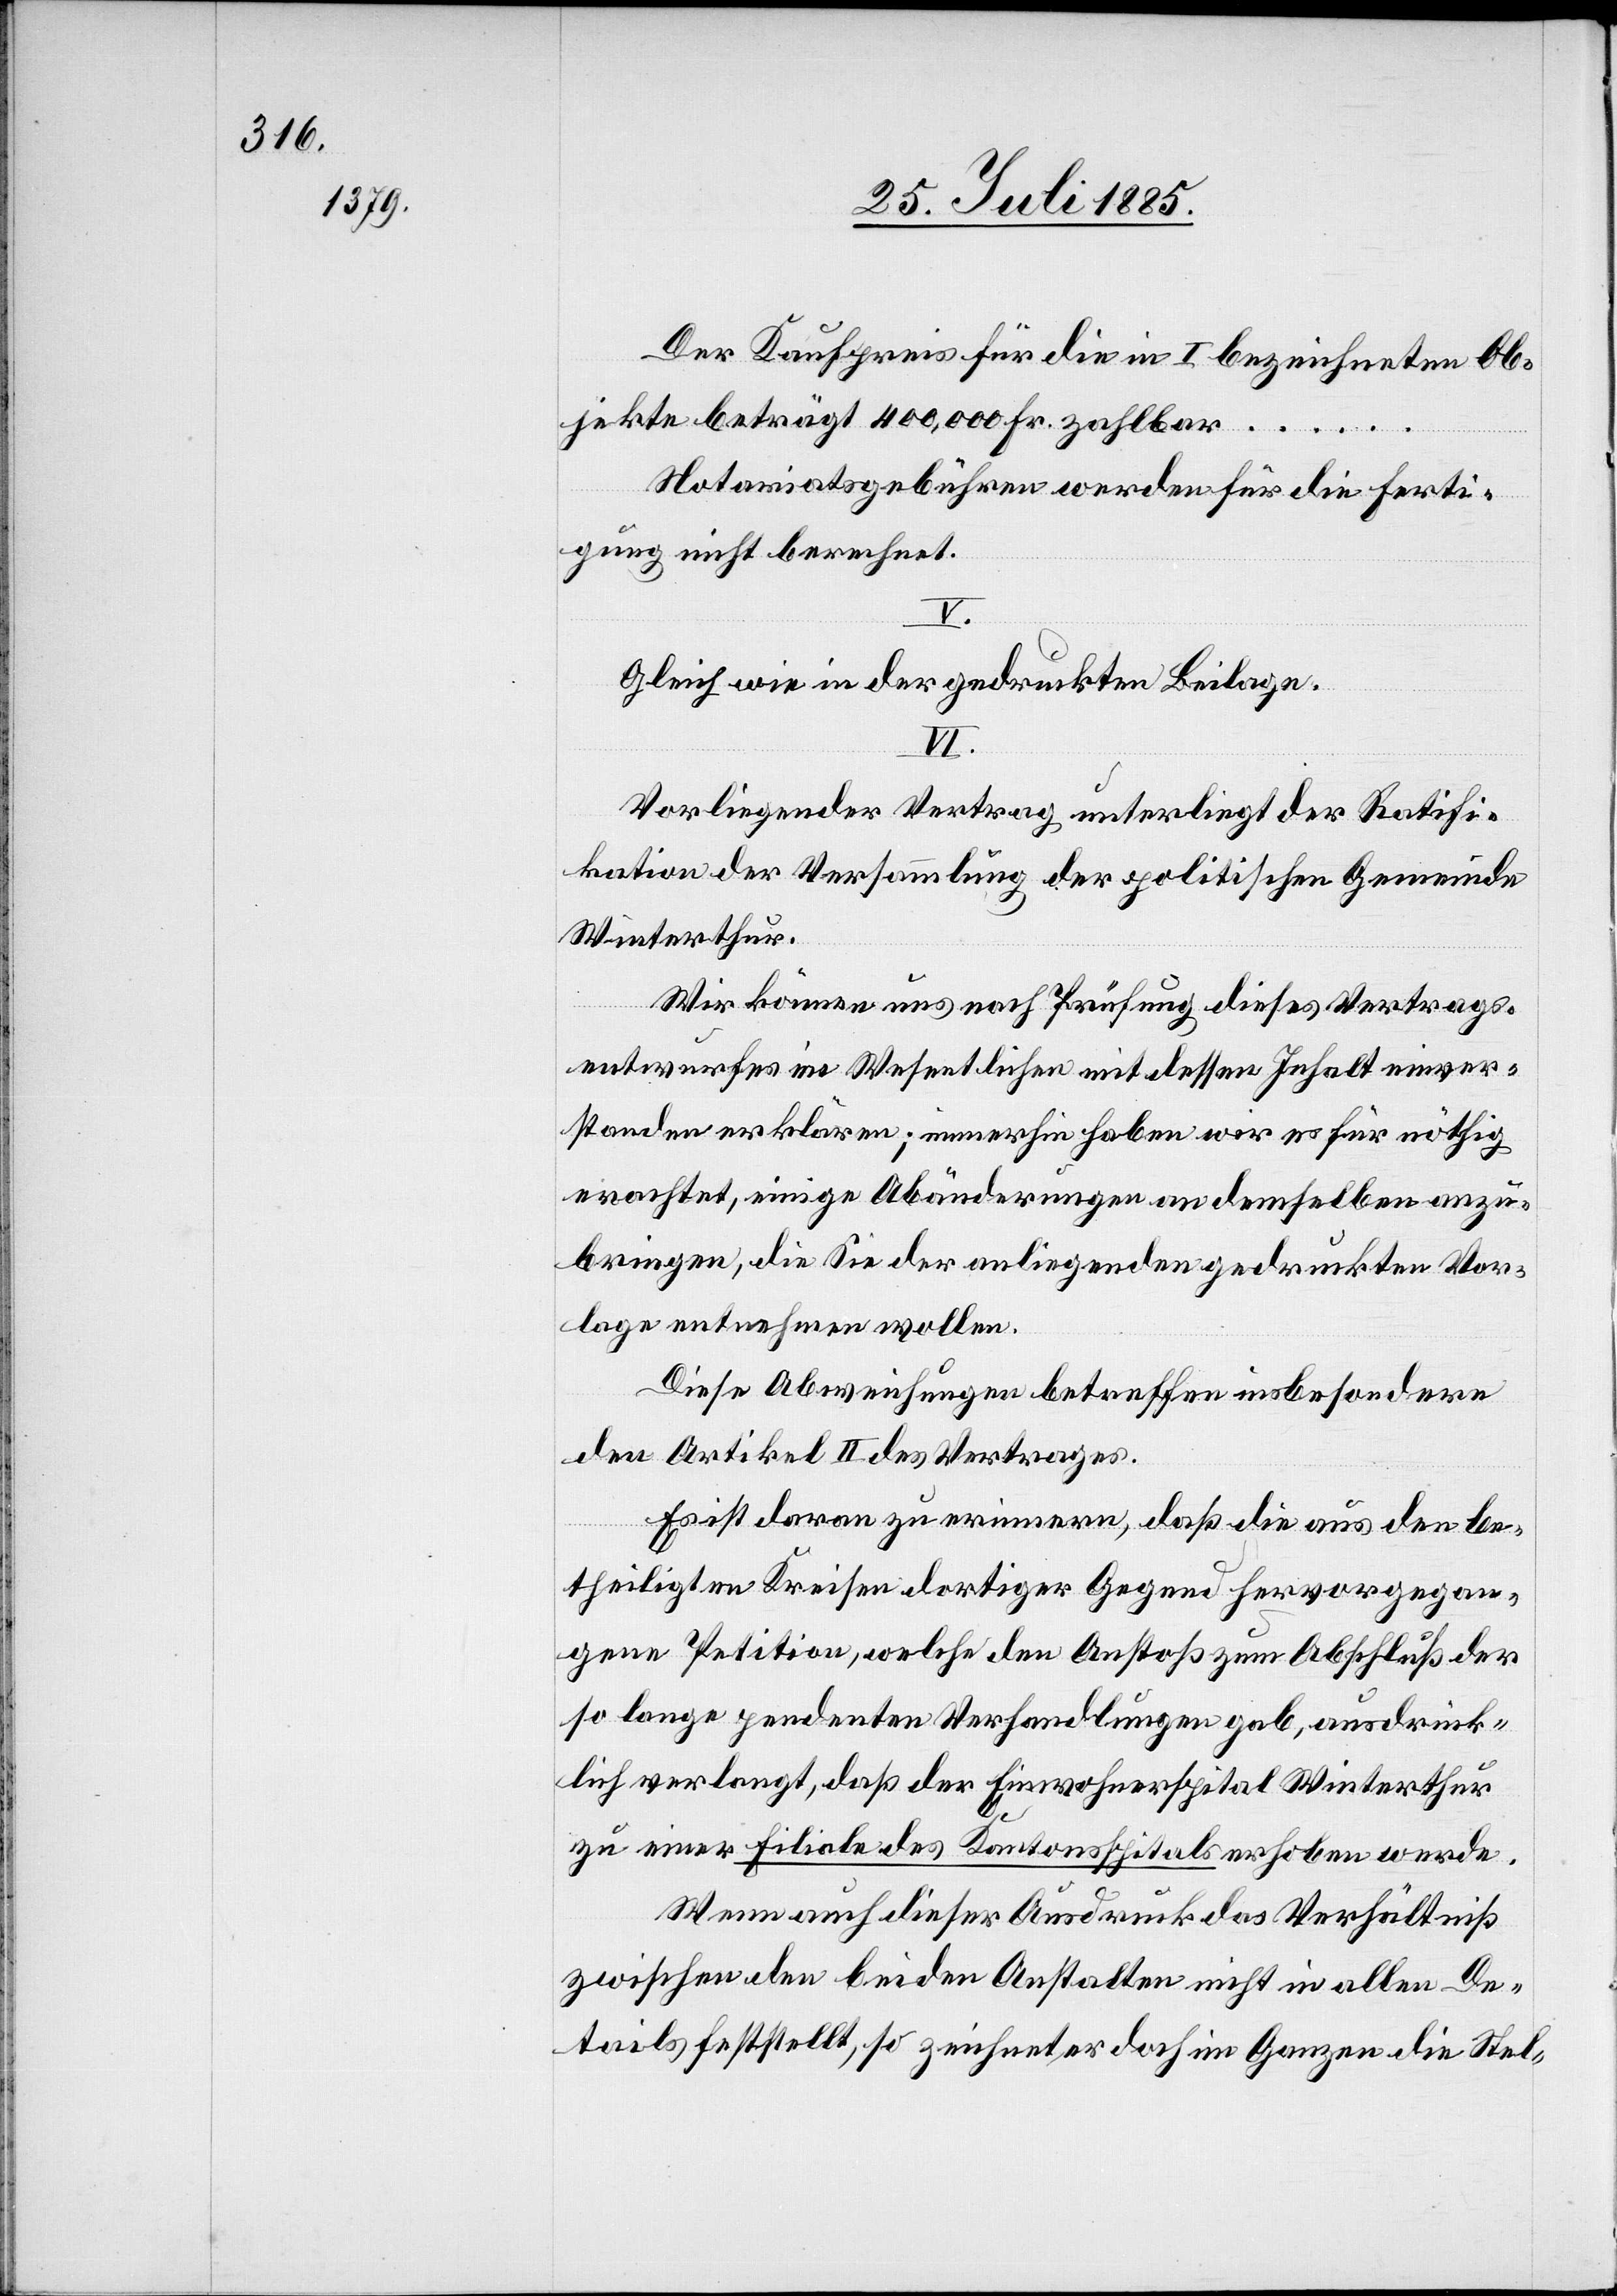
Der Kaufpreis für die in I bezeichneten Ob¬
jekte betragt 400,000 Fr. zahlbar …
Notariatsgebühren werden für die Ferti¬
gung nicht berechnet.
V.
Gleich wie in der gedruckten Beilage.
VI.
Vorliegender Vertrag unterliegt der Ratifi¬
kation der Versammlung der politischen Gemeinde
Winterthur.
De¬
Wir können uns nach Prüfung dieses Vertrags¬
entwurfes im Wesentlichen mit dessen Inhalt einver¬
standen erklären; immerhin haben wir es für nöthig
erachtet, einige Abänderungen an demselben anzu¬
bringen, die Sie der anliegenden gedruckten vor¬
lagen entnehmen wollen.
Diese Abweisungen betreffen insbesondere
den Artikel II des Vertrages.
Es ist daran zu erinnern, daß die aus den be¬
theiligten Kreisen dortiger Gegend hervorgegan¬
gene Petition, welche den Anstoß zum Abschluß der
so lange pendenten Verhandlungen gab, ausdrück¬
lich verlangt, daß der Einwohnerspital Winterthur
zu einer Filiale des Kantonsspitals erhoben werde.
Wenn auch dieser Ausdrucke nicht in
tails feststellt, so zeichnet er doch im Ganzen die Stel-